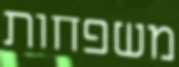
משפחות